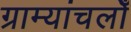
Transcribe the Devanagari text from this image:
ग्राम्यांचलोँ